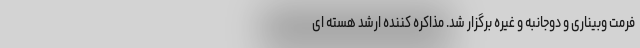
فرمت وبیناری و دوجانبه و غیره برگزار شد. مذاکره کننده ارشد هسته ای